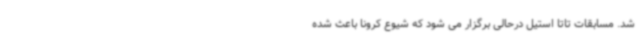
شد. مسابقات تاتا استیل درحالی برگزار می شود که شیوع کرونا باعث شده